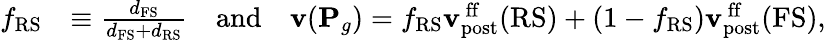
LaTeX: \begin{array}{rl}{f_{\mathrm{RS}}}&{\equiv\frac{d_{\mathrm{FS}}}{d_{\mathrm{FS}}+d_{\mathrm{RS}}}\quad\mathrm{and}\quad{\mathbf{v}}({\mathbf{P}}_{g})=f_{\mathrm{RS}}{\mathbf{v}}_{\mathrm{post}}^{\mathrm{\, ff}}(\mathrm{RS})+(1-f_{\mathrm{RS}}){\mathbf{v}}_{\mathrm{post}}^{\mathrm{\, ff}}(\mathrm{FS}),}\end{array}